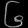
Digit: ၆